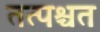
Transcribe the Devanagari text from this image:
तत्पश्चत